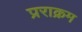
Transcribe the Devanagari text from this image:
प्रराक्रम